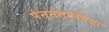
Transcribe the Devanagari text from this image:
पेन्सलवेनिया